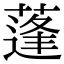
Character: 蓬